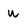
Character: U